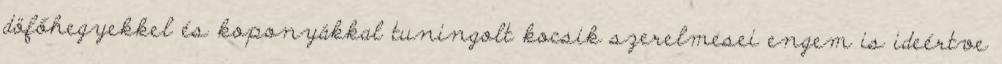
döfőhegyekkel és koponyákkal tuningolt kocsik szerelmesei engem is ideértve